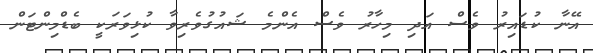
އޭނާ ކުޑައިރު ވެސް އަދި މިހާރު ވެސް އެންމެ ޝައުގުވެރިވާ ކުޅިވަރަކީ ބެޑްމިންޓަން